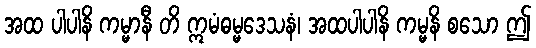
အထ ပါပါနိ ကမ္မာနီ တိ ဣမံဓမ္မဒေသနံ၊ အထပါပါနိ ကမ္မနိ စသော ဤ